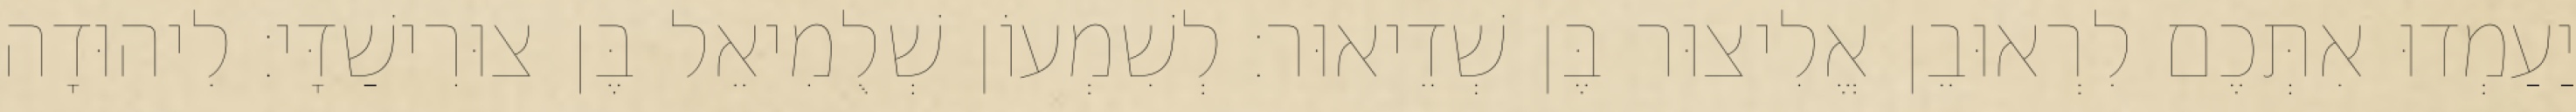
יַעַמְדוּ אִתְּכֶם לִרְאוּבֵן אֱלִיצוּר בֶּן שְׁדֵיאוּר׃ לְשִׁמְעוֹן שְׁלֻמִיאֵל בֶּן צוּרִישַׁדָּי׃ לִיהוּדָה